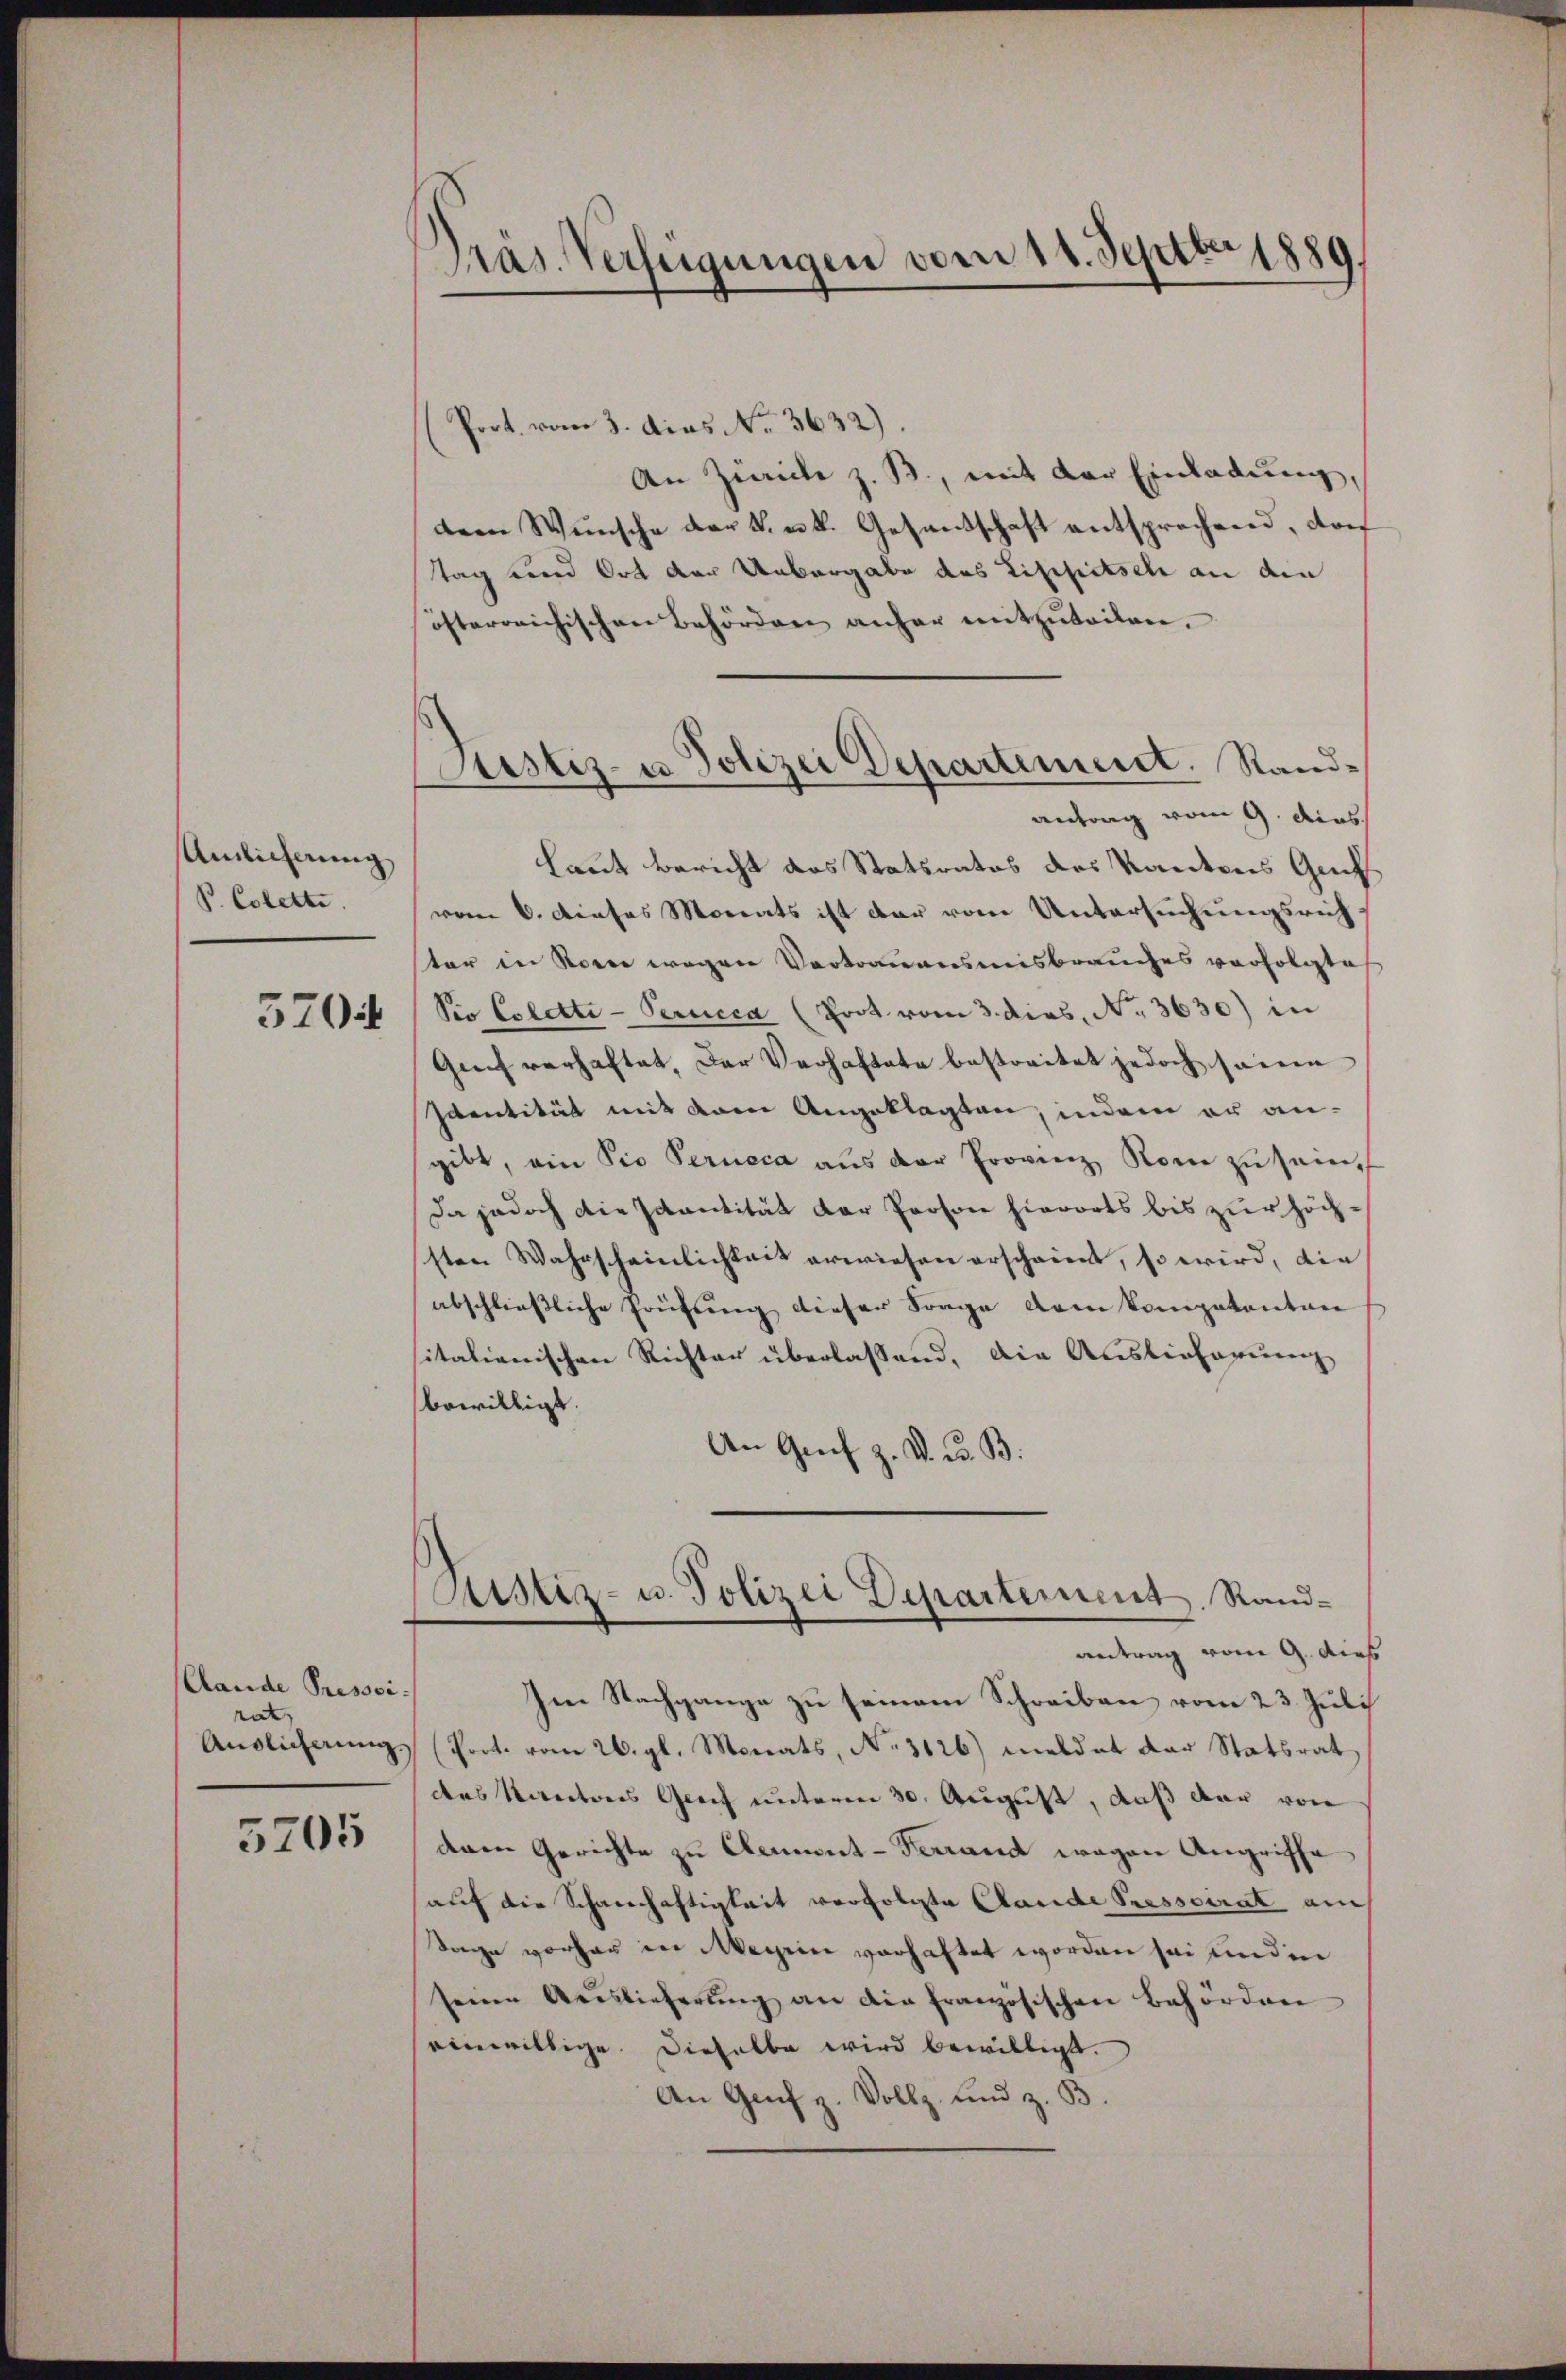
Anlicherung
V. Colette.

5704

Clande Pressoi
rat,
Andlicherung,

5705

Präs. Verfügungen vom 11. Septbr 1889

Poot. vom 3. das No. 3632).
An Zürich z. B., mit der Einladung,
dem Wunsche der k. u. k. Gesandschaft entsprechend, doch
tag und Ort der Uebergabe des Lisipitsch an den
österreichischen Behörden anher mitzŭteilen.
antrag vom 9. dies
laut Bericht das Statsrates des Kantons Guch
vom 6. dieses Monats ist dar vom Untersuchungsrich
ter in Sonne wegen Vertrauensmisbrauches verfolgte
Sie Esletti-Perucca (Prot vom 3. dies, No. 3630) in
Greif verhaftet, der Verhaftete bestreitet jedoch seinen
sventität mit dem Angeklagten, indem er an-
gibt, ein Pio Perueca aus der Provinz Rom zu sein,
Da jedoch die scantität der Person hierorts bis zur höchsten Wahrscheinlichkeit erwiesen erschaient, so wird, die
abschließliche Prüfung dieser Frage dem kompetenten
sitalienischen Richter überlassend. Die Auslieferung
bewilligt.
An Genf z. B. u. B.
Sistiz- u. Polizei Departement. Randantrag vom 9. dieß
Im Nachgange zu seinem Schreiben vom 23. Juli
Prot. vom 26. gl. Monats, No 3126) meldet der Statsrat
des Kantons Greif unterm 30. August, daß der von
denen Gerichte zu Clement-Terrand wegen Angriffe
auf die Schneechäftigkeit verfolgte Clande Pressorat am
Tage vorher in Wegen verhaftet worden sei und in
seine Auslieferung an die französischen Behörden
einwillige. Dieselbe wird bewilligt.
An Genf z. Vollz. und z. B.

Justiz- u Polizei Departement. Sand¬